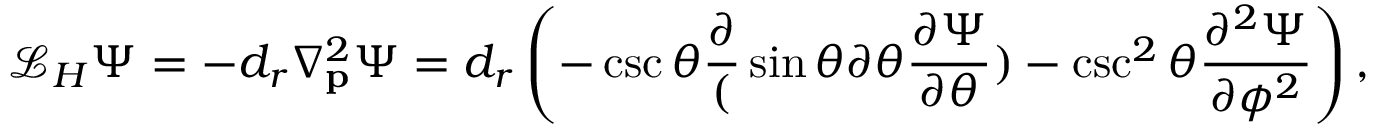
\mathcal { L } _ { H } \Psi = - d _ { r } \nabla _ { \mathbf { p } } ^ { 2 } \Psi = d _ { r } \left( - \csc { \theta } \frac { \partial } ( \sin { \theta } { \partial \theta } \frac { \partial \Psi } { \partial \theta } ) - \csc ^ { 2 } \theta \frac { \partial ^ { 2 } \Psi } { \partial \phi ^ { 2 } } \right) ,